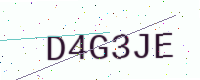
Text: D4G3JE